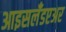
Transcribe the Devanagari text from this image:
आइसलँडएअर